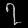
Digit: ၇